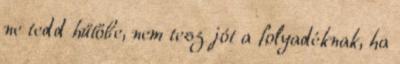
ne tedd hűtőbe, nem tesz jót a folyadéknak, ha